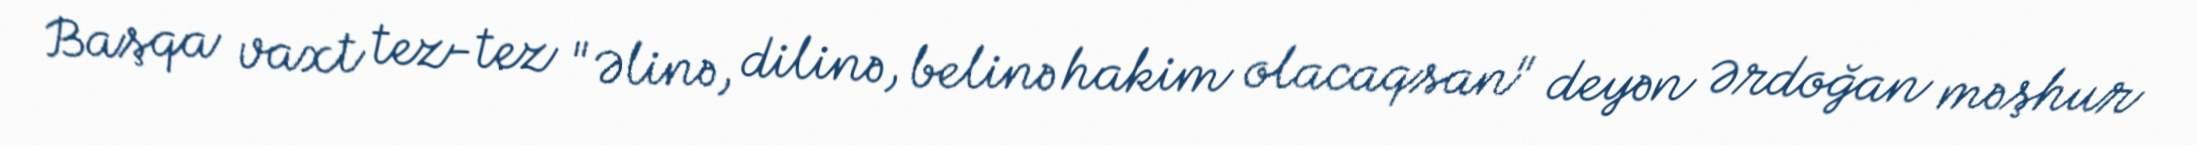
Başqa vaxt tez-tez "Əlinə, dilinə, belinə hakim olacaqsan" deyən Ərdoğan məşhur